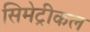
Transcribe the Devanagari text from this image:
सिमेट्रीकल